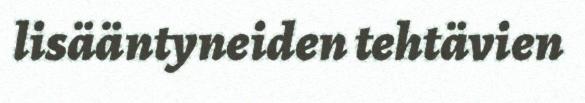
lisääntyneiden tehtävien